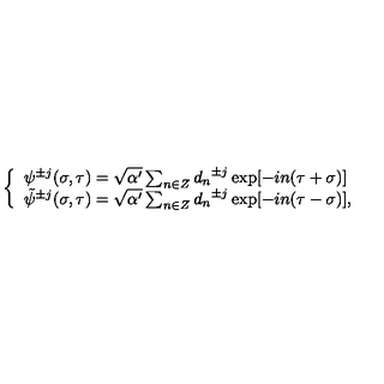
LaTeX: \left\{ \begin{array} { l } { { \psi } ^ { \pm j } ( \sigma , \tau ) = \sqrt { \alpha ^ { \prime } } \sum _ { n \in Z } { d _ { n } } ^ { \pm j } \exp [ - i n ( \tau + \sigma ) ] } \\ { { \tilde { \psi } } ^ { \pm j } ( \sigma , \tau ) = \sqrt { \alpha ^ { \prime } } \sum _ { n \in Z } { d _ { n } } ^ { \pm j } \exp [ - i n ( \tau - \sigma ) ] , } \\ \end{array} \right.